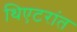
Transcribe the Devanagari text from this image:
थिएटरांत